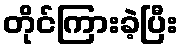
တိုင်ကြားခဲ့ပြီး